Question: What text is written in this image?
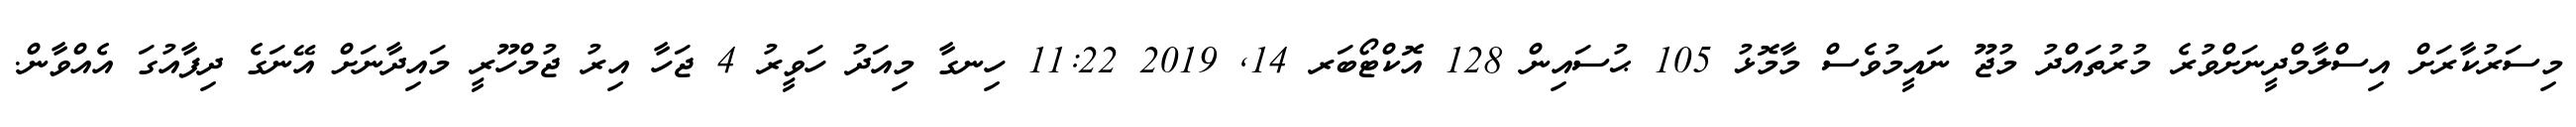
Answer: މިސަރުކާރަށް އިސްލާމްދީނަށްވުރެ މުރުތައްދު މުޖޫ ނައީމުވެސް މާމޮޅު 105 ޙުސައިން 128 އޮކްޓޯބަރ 14, 2019 11:22 ހިނގާ މިއަދު ހަވީރު 4 ޖަހާ އިރު ޖުމްހޫރީ މައިދާނަށް އޭނަގެ ދިފާއުގަ އެއްވާން.